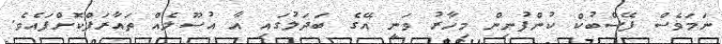
ނަމަވެސް ފޭސްބުކް ކުންފުނިން މިހާރު ވަނީ އޭގެ ބަދަލުގައި އާ އުސޫލެއް ތައާރަފްކޮށްފައެވެ.